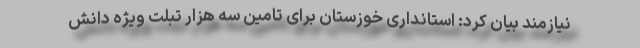
نیازمند بیان کرد: استانداری خوزستان برای تامین سه هزار تبلت ویژه دانش